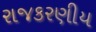
રાજકરણીય